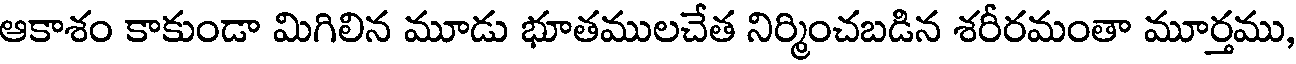
ఆకాశం కాకుండా మిగిలిన మూడు భూతములచేత నిర్మించబడిన శరీరమంతా మూర్తము,